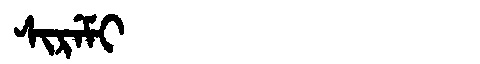
Manchu: ᠰᡳᡵᡝᠮᡳ
Romanization: SIREMI